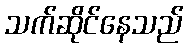
သက်ဆိုင်နေသည်